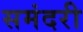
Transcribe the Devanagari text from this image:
समंदरी